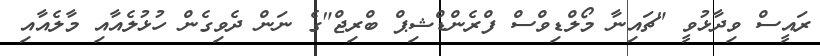
ރައީސް ވިދާޅުވީ "ޗައިނާ މޯލްޑިވްސް ފްރެންޑްޝިޕް ބްރިޖް"ގެ ނަން ދެވިގެން ހުޅުލެއާއި މާލެއާއި